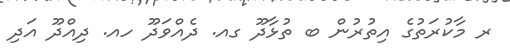
ރ މާކުރަތުގެ އިތުރުން ބ ތުޅާދޫ ގއ. ދެއްވަދޫ ހއ. ދިއްދޫ އަދި